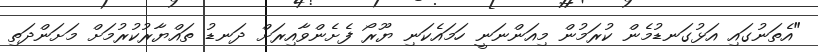
"އެތަނުގައި އަޅުގަނޑުމެން ކުރަމުން މިއަންނަނީ ހަމައެކަނި ޔޫރޯ ފެށެންވާއިރަށް ދަނޑު ތައްޔާރުކުރުމަށް މަށަންދަތި